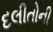
દલીતોની